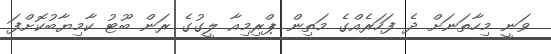
ވަނީ މިހާތަނަށް ދެ ފަހަރެއްގެ މަތިން ޕްރިމިއާ ލީގުގެ ރަން ބޫޓު ކާމިޔާބުކޮށްފަ